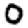
Digit: 0